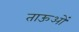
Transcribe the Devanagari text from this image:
ताऊओं